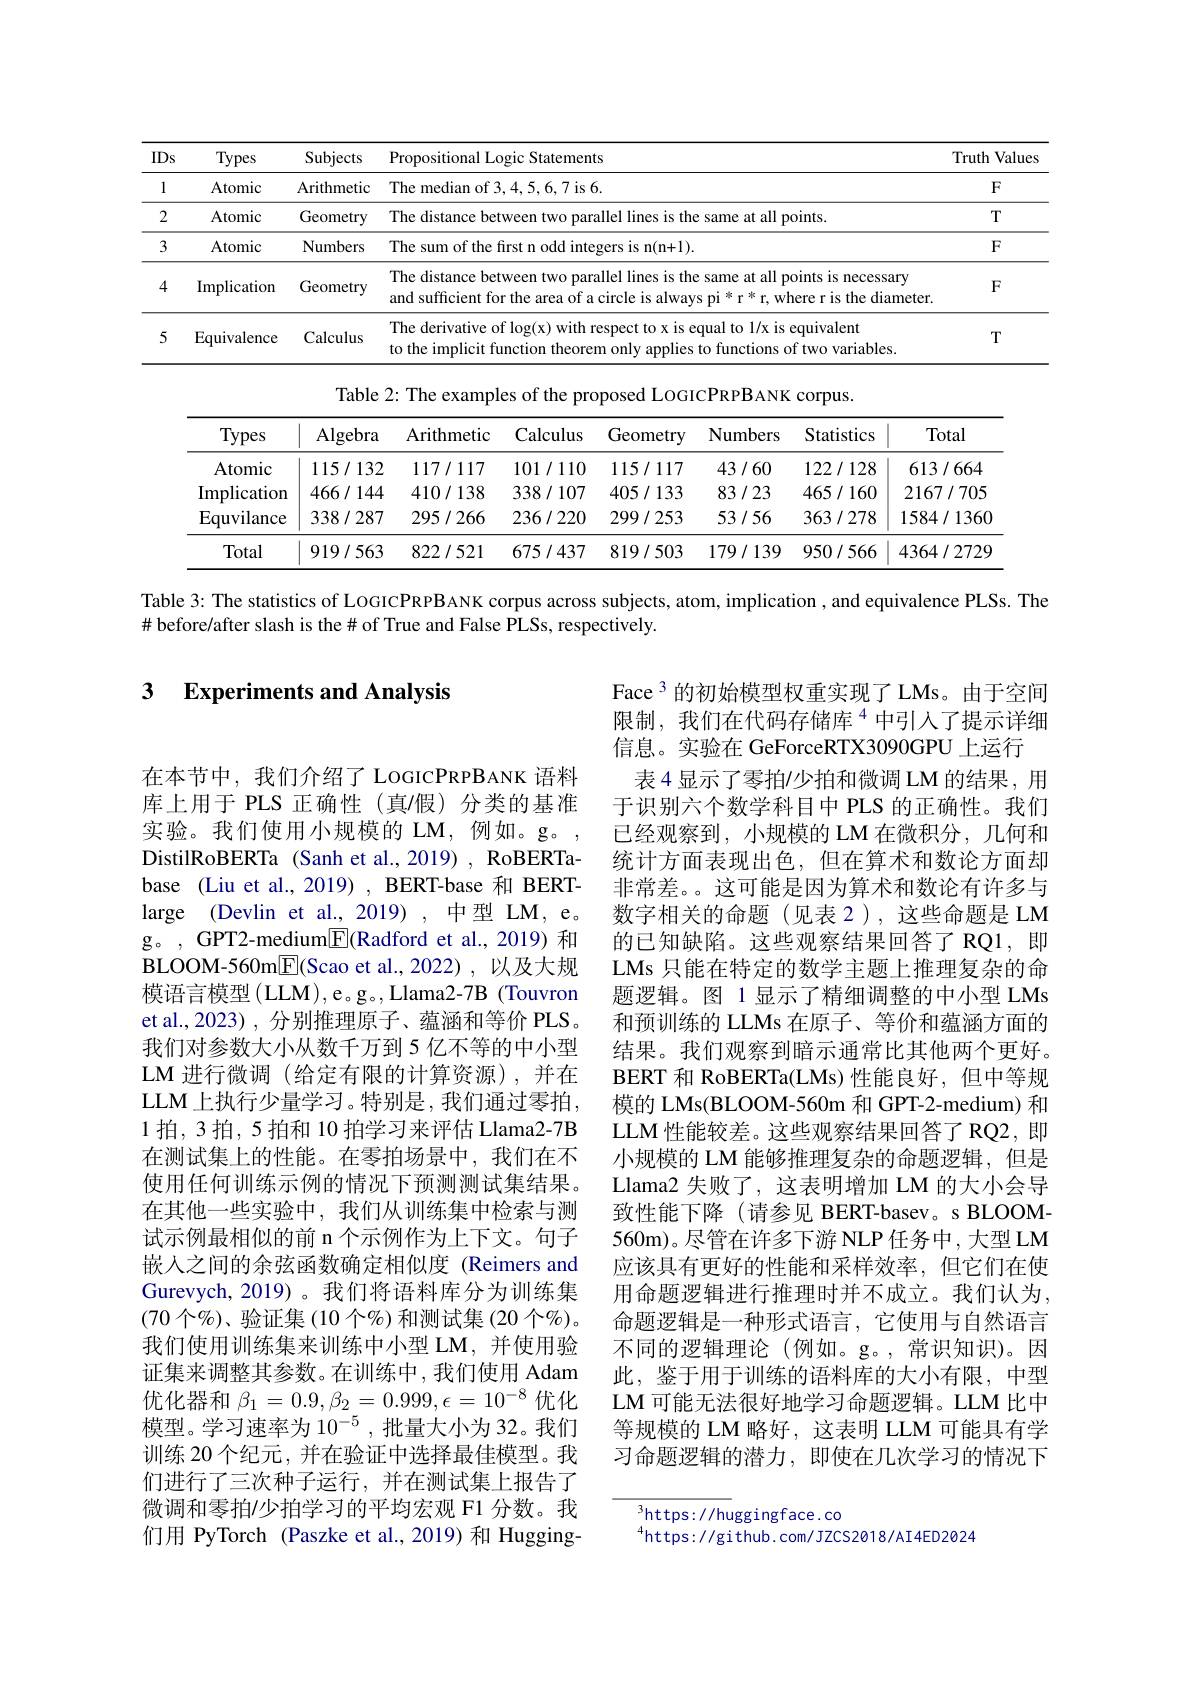
<table>
	<tbody>
		<tr>
			<th>IDs</th>
			<th>Types</th>
			<th>Subjects</th>
			<th colspan="5">ropositional Logic Statements</th>
			<th>Truth Values</th>
		</tr>
		<tr>
			<td>1</td>
			<td>Atomic</td>
			<td>Arithmetic</td>
			<td colspan="6">The median of 3,4,5,6,7 is 6. $F$</td>
		</tr>
		<tr>
			<td>2</td>
			<td>Atomic</td>
			<td>Geometry</td>
			<td colspan="5">The distance between two parallel lines is the same at all points $T$</td>
			<td>$T$</td>
		</tr>
		<tr>
			<td>3</td>
			<td>Atomic</td>
			<td>Numbers</td>
			<td colspan="5">The sum of the first n odd integers is n(n+1). $F$</td>
			<td>$F$</td>
		</tr>
		<tr>
			<td>4</td>
			<td>Implication</td>
			<td>Geometry</td>
			<td colspan="5">The distance between two parallel lines is the same at all points is necessary $ry$ and sufficient for the area of a circle is always pi * r * r, where r is the diameter. $F$</td>
			<td>$F$</td>
		</tr>
		<tr>
			<td>5</td>
			<td>Equivalence</td>
			<td>Calculus</td>
			<td colspan="6">The derivative of log(x) with respect to x is equal to 1/x is equivalent lus to the implicit function theorem only applies to functions of two variables $T$</td>
		</tr>
		<tr>
			<td> </td>
			<td> </td>
			<td>Table</td>
			<td>The examp</td>
			<td>of the $es$ prc</td>
			<td>${\mathrm{posed~LOGR}}$</td>
			<td>$\mathbf{B}_{\mathrm{ANK}}$ $CCC$ 1</td>
			<td>5.</td>
			<td> </td>
		</tr>
		<tr>
			<td> </td>
			<td>Types</td>
			<td>Algebra</td>
			<td>Arithmetic</td>
			<td>Calculus</td>
			<td>Geometry</td>
			<td>nbers</td>
			<td>stics</td>
			<td>otal</td>
		</tr>
		<tr>
			<td> </td>
			<td>Atomic</td>
			<td>115/132</td>
			<td>117/117</td>
			<td>101/110</td>
			<td>115/117</td>
			<td>1/60 1</td>
			<td>128 61</td>
			<td>1664</td>
		</tr>
		<tr>
			<td> </td>
			<td>Implication</td>
			<td>466/144</td>
			<td>410/138</td>
			<td>338/107</td>
			<td>405/133</td>
			<td>1/23 4</td>
			<td>160 $21\epsilon$</td>
			<td>7/705</td>
		</tr>
		<tr>
			<td> </td>
			<td>Equvilance</td>
			<td>338/287</td>
			<td>295/266</td>
			<td>236/220</td>
			<td>299/253</td>
			<td>1/56 3</td>
			<td>278 158.</td>
			<td>/1360</td>
		</tr>
		<tr>
			<td> </td>
			<td>Total</td>
			<td>919/563</td>
			<td>822/521</td>
			<td>675/437</td>
			<td>819/503</td>
			<td>/139 9 </td>
			<td>566 436.</td>
			<td>/2729</td>
		</tr>
	</tbody>
</table>

Table 3: The statistics of LOGICPRPBANK corpus across subjects, atom, implication , and equivalence PLSs. The

$\#$ before/after slash is the# of True and False PLSs, respectively.

### 3 $\textbf{Experiments and Analysis}$

Face 3 的初始模型权重实现了 LMs。由于空间限制，我们在代码存储库$^{4}$中引入了提示详细信息。实验在 GeForceRTX3090GPU 上运行
表 4 显示了零拍/少拍和微调 LM 的结果，用于识别六个数学科目中 PLS 的正确性。我们已经观察到，小规模的 LM 在微积分，几何和统计方面表现出色，但在算术和数论方面却非常差。。这可能是因为算术和数论有许多与数字相关的命题(见表2),这些命题是 LM 的已知缺陷。这些观察结果回答了 RQ1,即LMs 只能在特定的数学主题上推理复杂的命题逻辑。图 1 显示了精细调整的中小型 LMs 和预训练的 LLMs 在原子、等价和蕴涵方面的结果。我们观察到暗示通常比其他两个更好。BERT 和 RoBERTa(LMs)性能良好，但中等规模的 LMs(BLOOM-560m 和 GPT-2-medium) 和LLM 性能较差。这些观察结果回答了RQ2，即小规模的 LM 能够推理复杂的命题逻辑，但是Llama2 失败了，这表明增加 LM 的大小会导致性能下降(请参见 BERT-basev。s BLOOM- 560m)。尽管在许多下游 NLP 任务中，大型 LM 应该具有更好的性能和采样效率，但它们在使用命题逻辑进行推理时并不成立。我们认为， 命题逻辑是一种形式语言，它使用与自然语言不同的逻辑理论(例如。g。,常识知识)。因此，鉴于用于训练的语料库的大小有限，中型LM 可能无法很好地学习命题逻辑。LLM 比中等规模的 LM 略好，这表明 LLM 可能具有学习命题逻辑的潜力，即使在几次学习的情况下

在本节中，我们介绍了 LOGICPRPBANK 语料库上用于 PLS 正确性(真/假)分类的基准实验。我们使用小规模的 LM,例如。g。, DistilRoBERTa (Sanh et al., 2019) , RoBERTabase (Liu et al., 2019), BERT-base 和 BERTlarge (Devlin et al., 2019) ,中型 LM, e。g。, GPT2-medium$\underline{\mathbb{E}}($Radford et al.,2019) 和BLOOM- 560m$\underline {{\mathrm{F} }}($Scao et al.,2022),以及大规模语言模型 (LLM),e。g。,Llama2-7B (Touvron et al.,2023) ,分别推理原子、蕴涵和等价 PLS。我们对参数大小从数千万到 5 亿不等的中小型LM 进行微调 (给定有限的计算资源),并在LLM 上执行少量学习。特别是，我们通过零拍， 1 拍，3 拍，5 拍和 10 拍学习来评估 Llama2-7B 在测试集上的性能。在零拍场景中，我们在不使用任何训练示例的情况下预测测试集结果。在其他一些实验中，我们从训练集中检索与测试示例最相似的前 n 个示例作为上下文。句子嵌人之间的余弦函数确定相似度 (Reimers and Gurevych, 2019)。我们将语料库分为训练集(70 个 $\% )$、验证集 (10 个%)和测试集 (20 个$\%)$。我们使用训练集来训练中小型 LM,并使用验证集来调整其参数。在训练中，我们使用 Adam 优化器和$\beta_1=0.9,\beta_2=0.999,\epsilon=10^{-8}$优化模型。学习速率为 10$^{-5}$ ,批量大小为 32。我们训练 20 个纪元，并在验证中选择最佳模型。我们进行了三次种子运行，并在测试集上报告了微调和零拍/少拍学习的平均宏观 F1 分数。我们用 PyTorch (Paszke et al.,2019)和 Hugging-

$^{3}$https://huggingface.co
$^{4}$https://github.com/JZCS2018/AI4ED2024